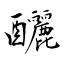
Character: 釃